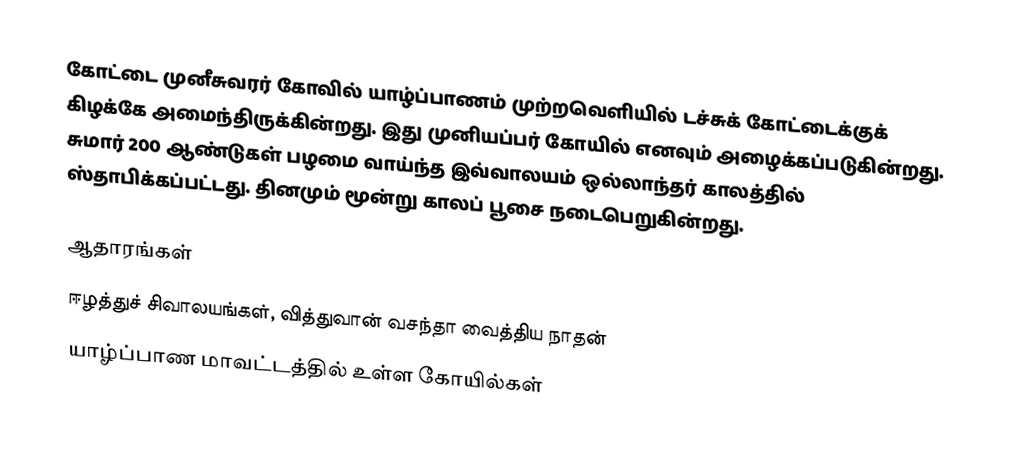
கோட்டை முனீசுவரர் கோவில் யாழ்ப்பாணம் முற்றவெளியில் டச்சுக் கோட்டைக்குக் கிழக்கே அமைந்திருக்கின்றது. இது முனியப்பர் கோயில் எனவும் அழைக்கப்படுகின்றது. சுமார் 200 ஆண்டுகள் பழமை வாய்ந்த இவ்வாலயம் ஒல்லாந்தர் காலத்தில் ஸ்தாபிக்கப்பட்டது. தினமும் மூன்று காலப் பூசை நடைபெறுகின்றது.

ஆதாரங்கள்
ஈழத்துச் சிவாலயங்கள், வித்துவான் வசந்தா வைத்திய நாதன்
யாழ்ப்பாண மாவட்டத்தில் உள்ள கோயில்கள்